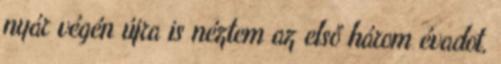
nyár végén újra is néztem az első három évadot,